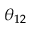
\theta _ { 1 2 }